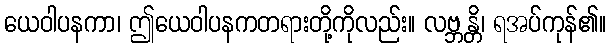
ယေဝါပနကာ၊ ဤယေဝါပနကတရားတို့ကိုလည်း။ လဗ္ဘန္တိ၊ ရအပ်ကုန်၏။